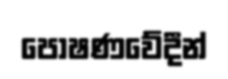
පෝෂණවේදීන්